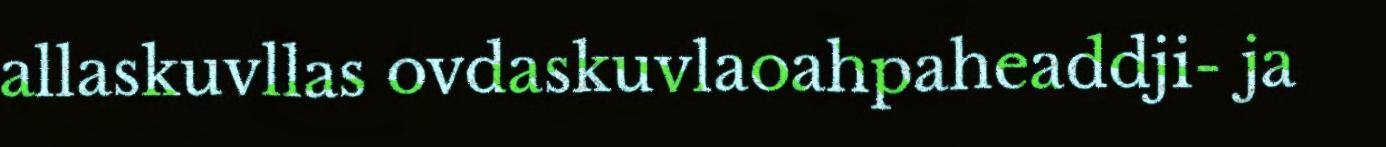
allaskuvllas ovdaskuvlaoahpaheaddji- ja